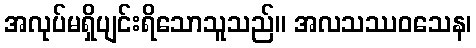
အလုပ်မရှိပျင်းရိသောသူသည်။ အလသဿဝသေန၊